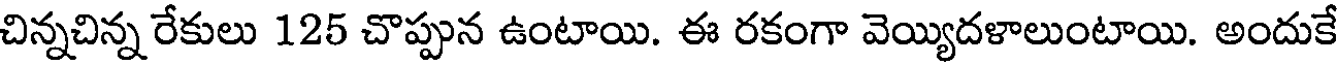
చిన్నచిన్న రేకులు 125 చొప్పున ఉంటాయి. ఈ రకంగా వెయ్యిదళాలుంటాయి. అందుకే